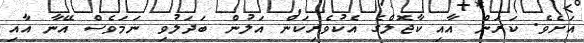
އަށެވެ. ކަރަން އާއި ކާޖޮލްގެ އެކުވެރިކަން އަލުން ބަދަލުވި ނަމަވެސް އޭނާ އާއި